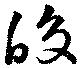
皎